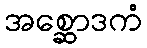
အစ္ဆောဒကံ